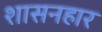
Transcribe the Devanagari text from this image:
शासनहार